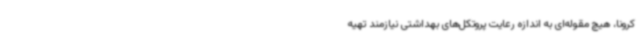
کرونا، هیچ مقوله‌ای به اندازه رعایت پروتکل‌های بهداشتی نیازمند تهیه